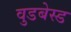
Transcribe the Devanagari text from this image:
वुडबेस्ड